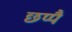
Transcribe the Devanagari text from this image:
छप्पै